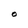
Character: O